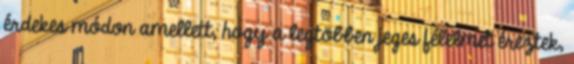
érdekes módon amellett, hogy a legtöbben jeges félelmet éreztek,